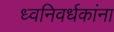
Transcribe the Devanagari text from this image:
ध्वनिवर्धकांना